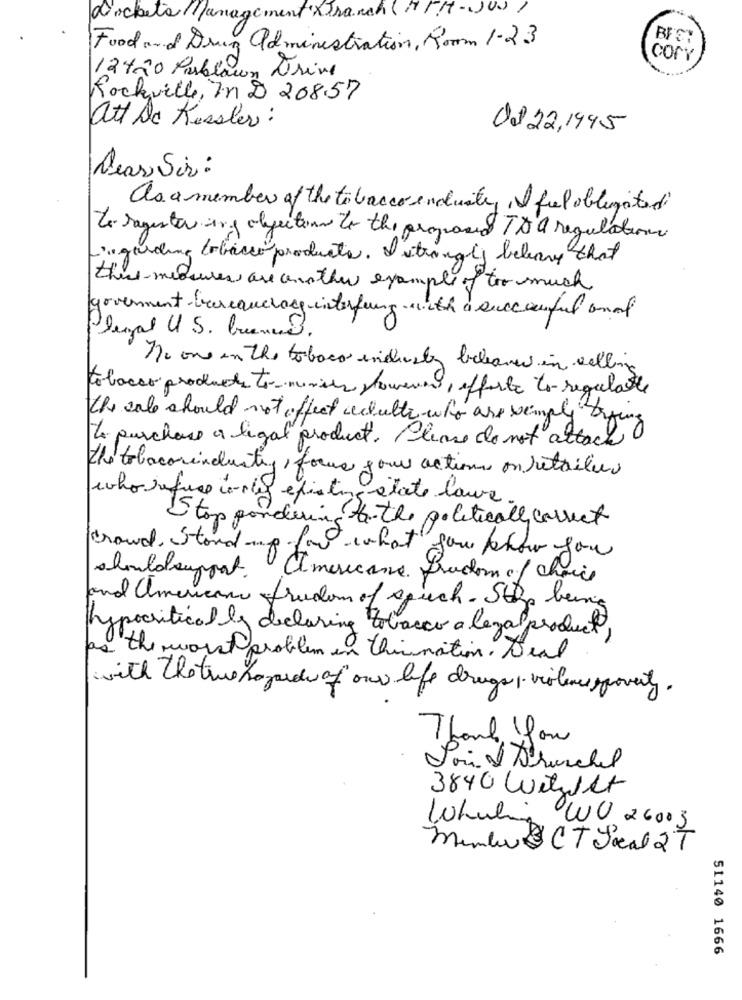
dockets/Management xtranch (HMM-JUN)
Food and Drug administration, Room 1-23
COPY
12420 Parblown Drive
Rockville, In D 208.57
att De Kessler:
Od 22,1945
Dear Sir :
as a member of the tobacco enduity i fel obligated
To register ing objection to the proposed TO a regulations
ingriding tobacco products. I strongly bebeavy that
this medwer are another example of too much
government-bureaucracy-interfering with a succesful and
Dezal U .S. bueno.
no one in the tobaco indiaaby beleave in selling
tobacco products to-ministr however, offerte to regulate
the sale should not affect schultz-who are simply trying
To purchase a legal product. Please do not attach
the tobacorindluiting, forus your actions on retailer
who refuse toles existingstate laure.
Stop pondering -the politically correct
crowd, Stand up for what you know you
shouldsupport americane Brudom of choice
and american freedom of such- Stop being
hypocritical ly declaring tobacco a legal product,
as the worst problem in thisnation. Dead
with The true hogarde of our life drugs , violence poverty.
Thanks for
Voir Schurchel
3840 Withist
Whaling WU 26003
Member & CT Local 2T
51140 1666